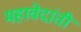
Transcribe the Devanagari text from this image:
महावेदांती